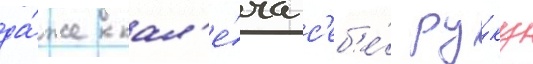
да́же кал'е́ча с'еб'е́ ру́ку